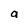
Character: a